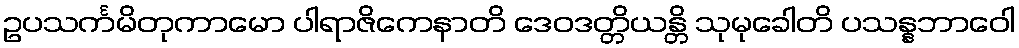
ဥပသင်္ကမိတုကာမော ပါရာဇိကေနာတိ ဒေဝဒတ္တိယန္တိ သုမုခေါတိ ပသန္နဘာဝေါ